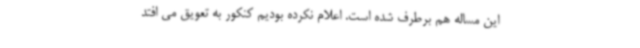
این مساله هم برطرف شده است. اعلام نکرده بودیم کنکور به تعویق می افتد